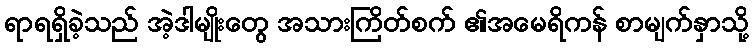
ရာရရှိခဲ့သည် အဲ့ဒါမျိုးတွေ အသားကြိတ်စက် ၏အမေရိကန် စာမျက်နှာသို့